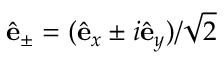
\hat { \bf e } _ { \pm } = ( \hat { \bf e } _ { x } \pm i \hat { \bf e } _ { y } ) / \sqrt { 2 }